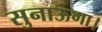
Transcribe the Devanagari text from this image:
सुनाऊंगा।